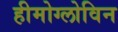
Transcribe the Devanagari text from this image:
हीमोग्लोविन